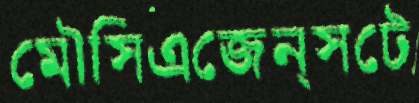
মৌসিএজেন্সটে